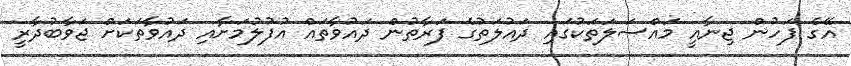
އޭގެ ފަހުން ޖިނާއީ މައްސަލަތަކުގައި ދައުލަތުގެ ފަރާތުން ދައުވާތައް އުފުލުމަށާއި ދައުވާތަކަށް ޖަވާބުދާރީ